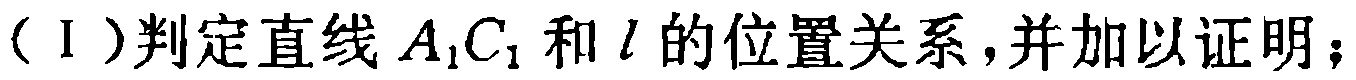
（I）判定直线\(A_{1}C_{1}\)和\(l\)的位置关系，并加以证明；